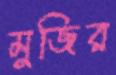
মুজির